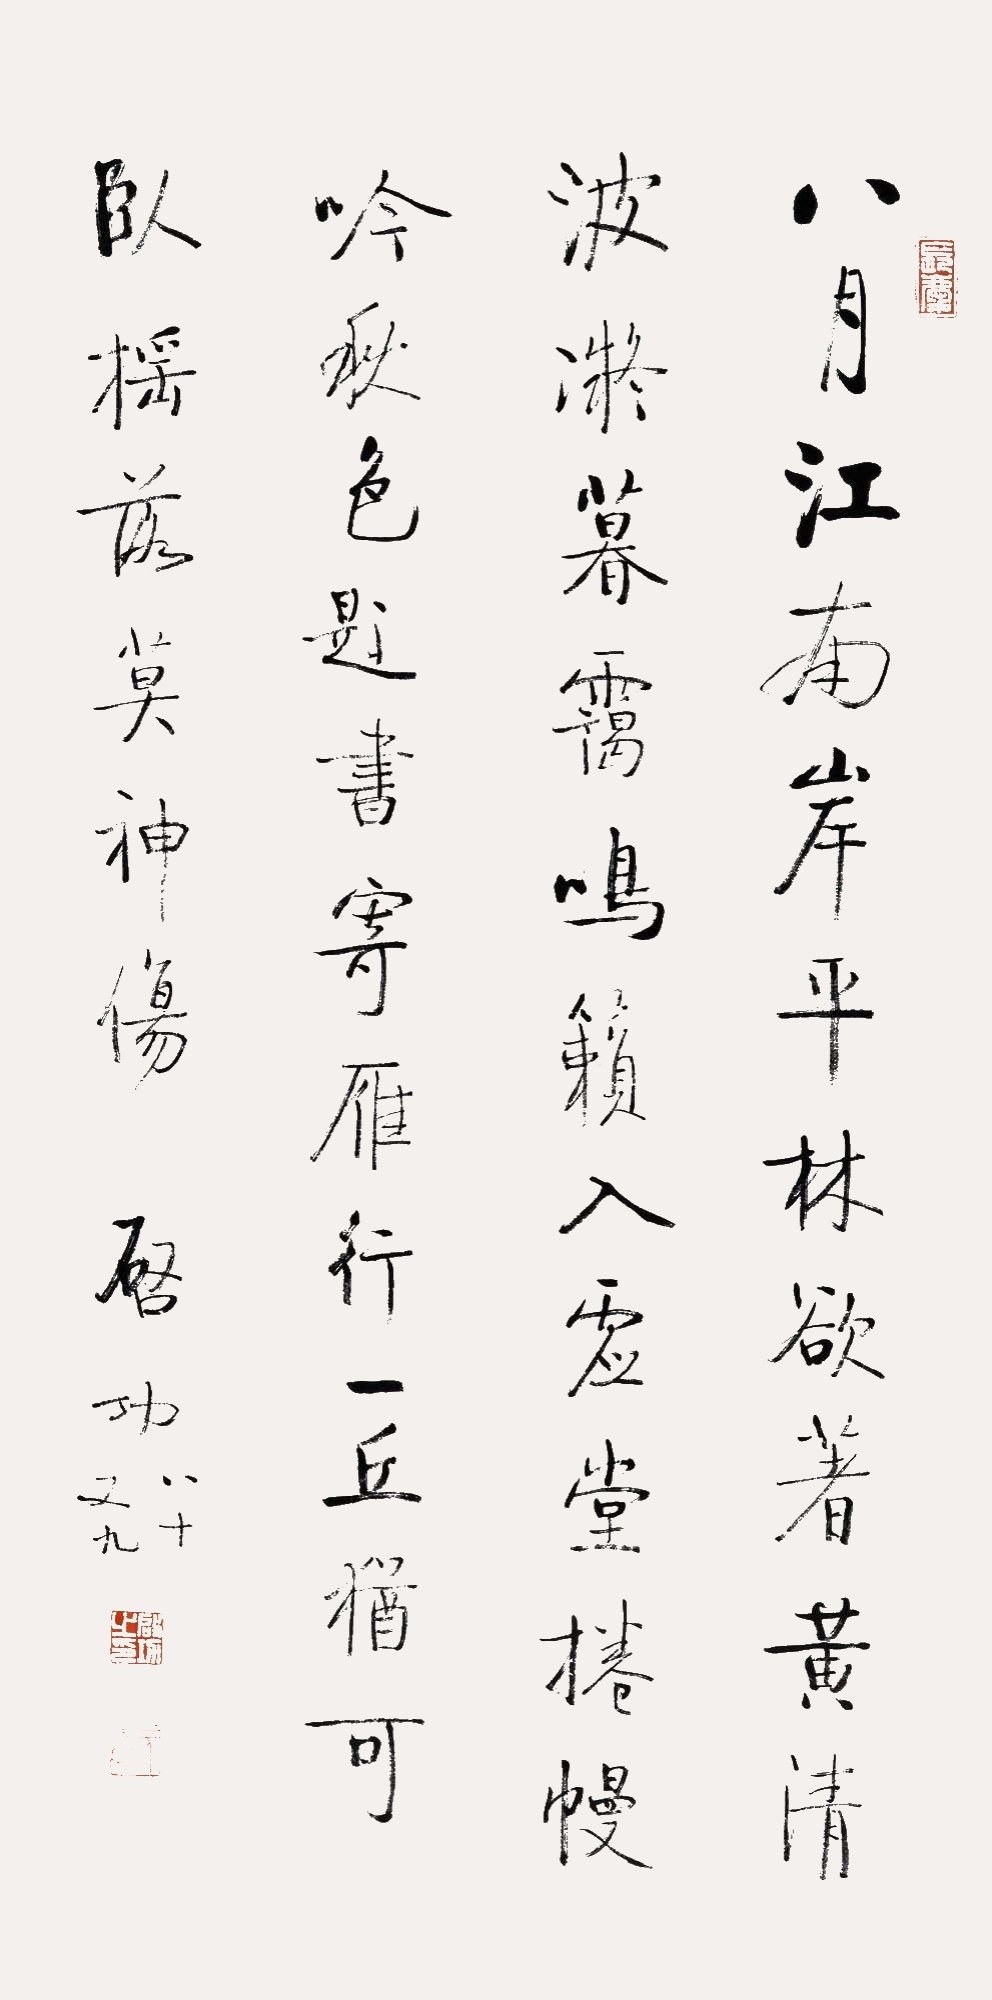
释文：八月江南岸，平林欲着黄。清波凝暮霭，鸣籁入虚堂。卷幔吟秋色，题书寄雁行，一丘犹可卧，摇落莫神伤。启功，八十又九。